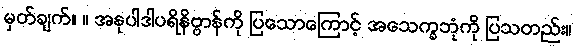
မှတ်ချက်။ ။ အနုပါဒါပရိနိဗ္ဗာန်ကို ပြသောကြောင့် အသေက္ခဘုံကို ပြသတည်း။